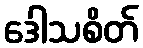
ဒေါသစိတ်